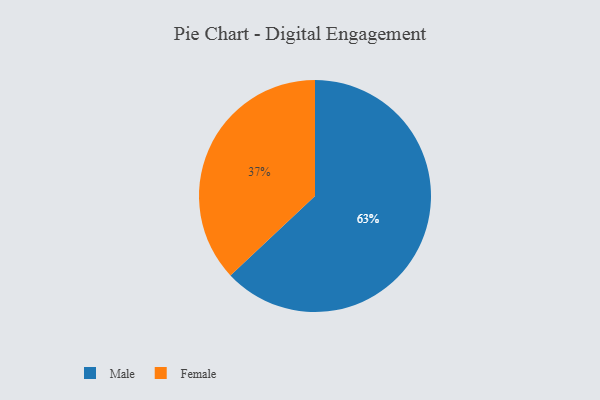
{"axis": {"x": "Category", "y": "Percentage"}, "legend": ["Female", "Male"], "data": [{"x": "Female", "y": 37, "type": "Female"}, {"x": "Male", "y": 63, "type": "Male"}]}